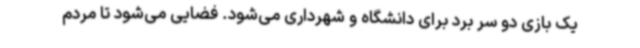
یک بازی دو سر برد برای دانشگاه و شهرداری می‌شود. فضایی می‌شود تا مردم